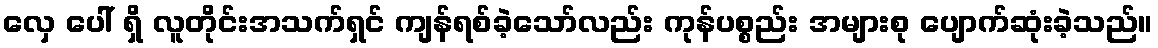
လှေ ပေါ် ရှိ လူတိုင်းအသက်ရှင် ကျန်ရစ်ခဲ့သော်လည်း ကုန်ပစ္စည်း အများစု ပျောက်ဆုံးခဲ့သည်။